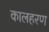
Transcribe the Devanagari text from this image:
कालहरण